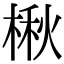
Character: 楸